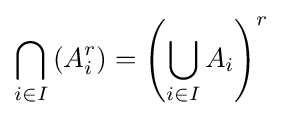
\bigcap _{i\in I}\left(A_{i}^{r}\right)=\left(\bigcup _{i\in I}A_{i}\right)^{r}